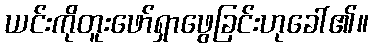
ယင်းကိုတူးဖော်ရှာဖွေခြင်းဟုခေါ်၏။